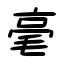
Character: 毫